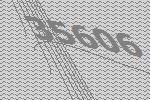
35606